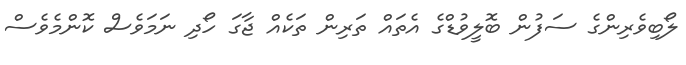
ލޯބިވެރިންގެ ސަފުން ބޮލީވުޑްގެ އެތައް ތަރިން ތަކެއް ޖާގަ ހޯދި ނަމަވެސް ކޮންމެވެސް